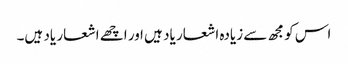
اس کو مجھ سے زیادہ اشعار یاد ہیں ا ور اچھے اشعار یاد ہیں۔